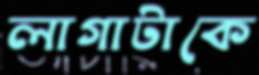
লাগাটাকে